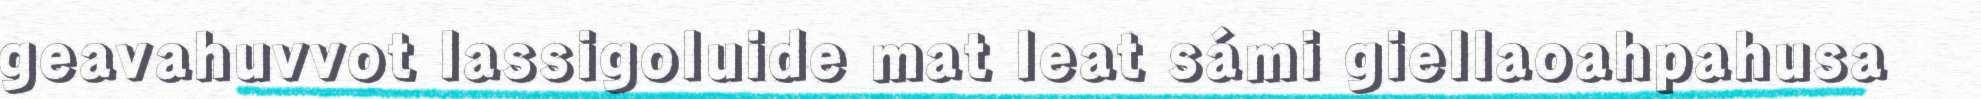
geavahuvvot lassigoluide mat leat sámi giellaoahpahusa